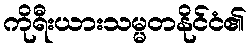
ကိုရီးယားသမ္မတနိုင်ငံ၏